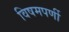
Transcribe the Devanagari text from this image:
विषमपर्णी